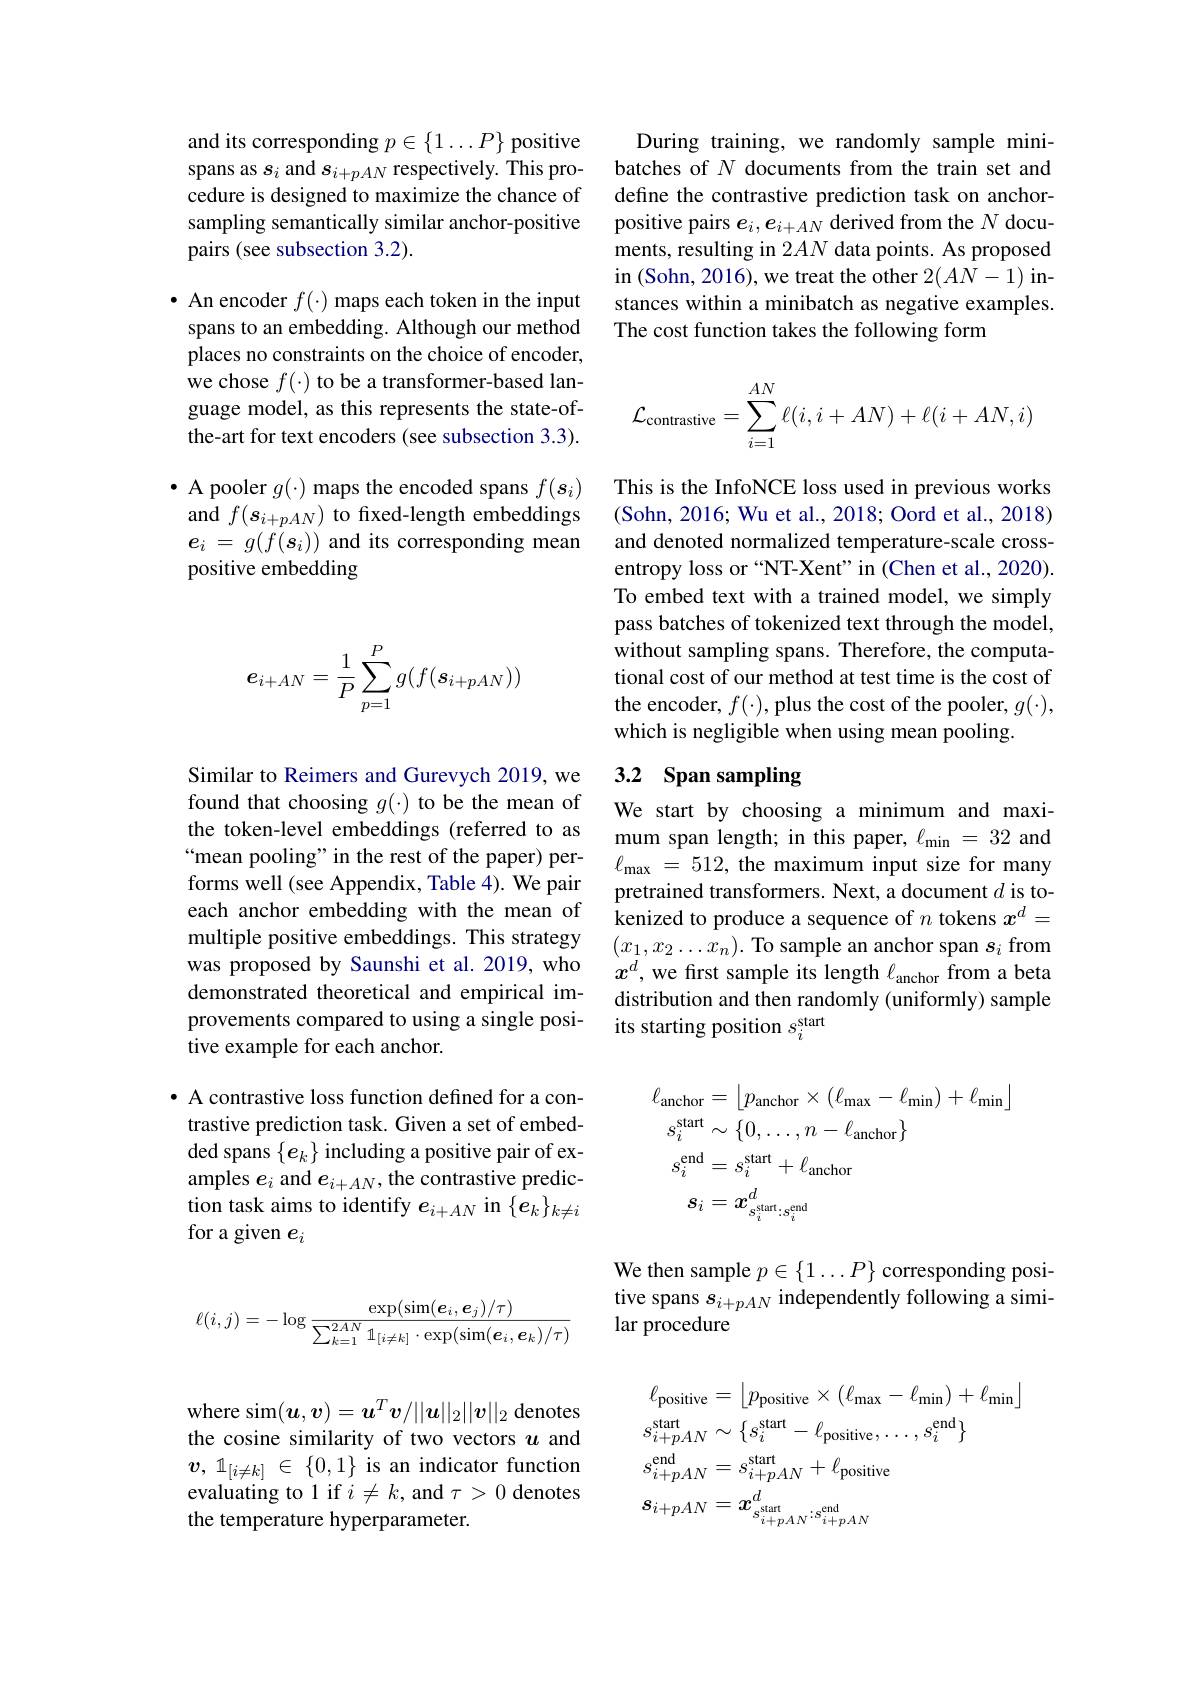
and its corresponding $p\in\{1\ldots P\}$ positive spans as $s_i$ and $s_i+pAN$ respectively. This procedure is designed to maximize the chance of sampling semantically similar anchor-positive pairs (see subsection 3.2).

$\bullet$ An encoder $f(\cdot)$ maps each token in the input spans to an embedding. Although our method places no constraints on the choice of encoder, we chose $f(\cdot)$ to be a transformer-based language model, as this represents the state-ofthe-art for text encoders (see subsection 3.3).

$\bullet$ A pooler $g(\cdot)$ maps the encoded spans $f(\boldsymbol s_i)$ and $f(\boldsymbol{s}_{i+pAN})$ to fixed-length embeddings $e_i$ = $g( f( s_i) )$ and its corresponding mean positive embedding
$$e_{i+AN}=\dfrac{1}{P}\sum_{p=1}^{P}g(f(s_{i+pAN}))$$
Similar to Reimers and Gurevych 2019, we found that choosing $g(\cdot)$ to be the mean of the token-level embeddings (referred to as “mean pooling" in the rest of the paper) performs well (see Appendix, Table 4). We pair each anchor embedding with the mean of multiple positive embeddings. This strategy was proposed by Saunshi et al.2019, who demonstrated theoretical and empirical improvements compared to using a single positive example for each anchor.

· A contrastive loss function defined for a contrastive prediction task. Given a set of embedded spans $\{e_k\}$ including a positive pair of examples $e_i$ and $e_i+AN$, the contrastive prediction task aims to identify $e_{i+AN}$ in $\{\boldsymbol e_k\}_{k\neq i}$ for a given $e_i$
$$\ell(i,j)=-\log\frac{\exp(\sin(\boldsymbol e_i,\boldsymbol e_j)/\tau)}{\sum_{k=1}^{2AN}\mathbb1_{[i\neq k]}\cdot\exp(\sin(\boldsymbol e_i,\boldsymbol e_k)/\tau)}$$
where sim$(\boldsymbol{u},\boldsymbol{v})=\boldsymbol{u}^T\boldsymbol{v}/||\boldsymbol{u}||_2||\boldsymbol{v}||_2$ denotes the cosine similarity of two vectors $u$ and $v$, $1_{[ i\neq k] }$ $\in$ $\{ 0, 1\}$ is an indicator function evaluating to 1 if $i\neq k$, and $\tau>0$ denotes the temperature hyperparameter.

During training, we randomly sample minibatches of $N$ documents from the train set and define the contrastive prediction task on anchorpositive pairs $e_i,e_{i+AN}$ derived from the $N$ documents, resulting in 2$AN$ data points. As proposed in (Sohn, 2016), we treat the other $2(AN-1)$ instances within a minibatch as negative examples. The cost function takes the following form
$$\mathcal{L}_\text{contrastive}=\sum_{i=1}^{AN}\ell(i,i+AN)+\ell(i+AN,i)$$
This is the InfoNCE loss used in previous works (Sohn, 2016; Wu et al., 2018; Oord et al., 2018) and denoted normalized temperature-scale crossentropy loss or “NT-Xent”in (Chen et al., 2020). To embed text with a trained model, we simply pass batches of tokenized text through the model, without sampling spans. Therefore, the computational cost of our method at test time is the cost of the encoder, $f(\cdot)$, plus the cost of the pooler, $g(\cdot)$, which is negligible when using mean pooling.

# 3.2 Span sampling

We start by choosing a minimum and maximum span length; in this paper, $\ell_{\mathrm{min}}=32$ and $\ell _{\mathrm{max}}$ = 512, the maximum input size for many pretrained transformers. Next, a document $d$ is tokenized to produce a sequence of $n$ tokens $x^d=$ $(x_{1},x_{2}\ldots x_{n}).$ To sample an anchor span $s_i$ from $x^d$, we first sample its length $\ell_\mathrm{anchor}$ from a beta distribution and then randomly (uniformly) sample its starting position $s_i^\mathrm{start}$
$$\begin{aligned}\ell_{\mathrm{anchor}}&=\left\lfloor p_{\mathrm{anchor}}\times(\ell_{\mathrm{max}}-\ell_{\mathrm{min}})+\ell_{\mathrm{min}}\right\rfloor\\s_{i}^{\mathrm{start}}&\sim\{0,\ldots,n-\ell_{\mathrm{anchor}}\}\\s_{i}^{\mathrm{end}}&=s_{i}^{\mathrm{start}}+\ell_{\mathrm{anchor}}\\s_{i}&=\boldsymbol{x}_{s_{i}^{\mathrm{start}}:s_{i}^{\mathrm{end}}}^{d}\end{aligned}$$
We then sample $p\in\{1\ldots P\}$ corresponding positive spans $s_{i+pAN}$ independently following a similar procedure
$$\begin{aligned}&\ell_{\mathrm{positive}}=\left\lfloor p_{\mathrm{positive}}\times(\ell_{\mathrm{max}}-\ell_{\mathrm{min}})+\ell_{\mathrm{min}}\right\rfloor\\&s_{i+pAN}^{\mathrm{start}}\sim\{s_{i}^{\mathrm{start}}-\ell_{\mathrm{positive}},\ldots,s_{i}^{\mathrm{end}}\}\\&s_{i+pAN}^{\mathrm{end}}=s_{i+pAN}^{\mathrm{start}}+\ell_{\mathrm{positive}}\\&s_{i+pAN}=x_{s_{i+pAN}^{\mathrm{start}}:s_{i+pAN}^{\mathrm{end}}}^{d}\end{aligned}$$